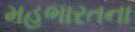
મહભારતના